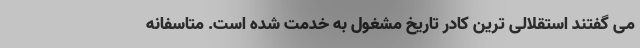
می گفتند استقلالی ترین کادر تاریخ مشغول به خدمت شده است. متاسفانه